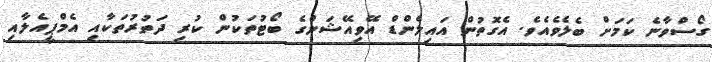
ގޯސްވާނެ ކަމަށް ބެލެވެއެވެ. އެގޮތުން އައިލެންޑް އޭވިއޭޝަންގެ ބޯޓުތަކުން ކުރި ދަތުރުތަކާއި އެމްޕީއެލާއި